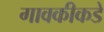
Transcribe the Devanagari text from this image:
गावकीकडे